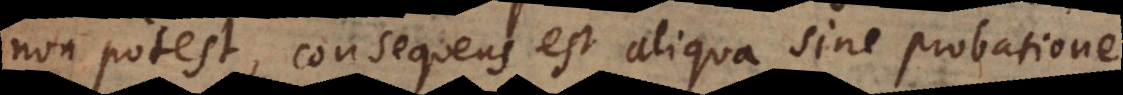
non potest, consequens est aliqua sine probatione